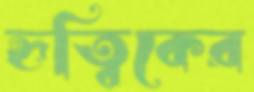
হৃত্বিকের